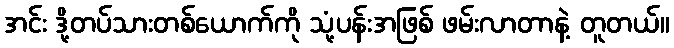
အင်း ဒို့တပ်သားတစ်ယောက်ကို သုံ့ပန်းအဖြစ် ဖမ်းလာတာနဲ့ တူတယ်။